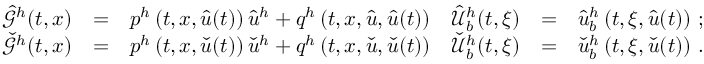
\begin{array} { r c l r c l } { \hat { \mathcal { G } } ^ { h } ( t , x ) } & { = } & { p ^ { h } \left( t , x , \hat { u } ( t ) \right) \hat { u } ^ { h } + q ^ { h } \left( t , x , \hat { u } , \hat { u } ( t ) \right) } & { \hat { \mathcal { U } } _ { b } ^ { h } ( t , \xi ) } & { = } & { \hat { u } _ { b } ^ { h } \left( t , \xi , \hat { u } ( t ) \right) \, ; } \\ { \check { \mathcal { G } } ^ { h } ( t , x ) } & { = } & { p ^ { h } \left( t , x , \check { u } ( t ) \right) \check { u } ^ { h } + q ^ { h } \left( t , x , \check { u } , \check { u } ( t ) \right) } & { \check { \mathcal { U } } _ { b } ^ { h } ( t , \xi ) } & { = } & { \check { u } _ { b } ^ { h } \left( t , \xi , \check { u } ( t ) \right) \, . } \end{array}